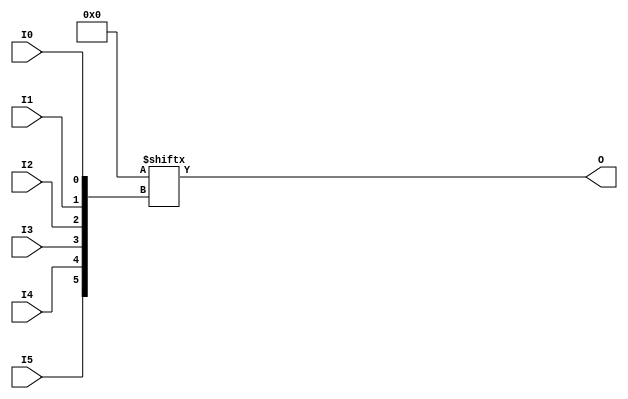
// $Header: /devl/xcs/repo/env/Databases/CAEInterfaces/verunilibs/data/rainier/LUT6.v,v 1.6 2007/06/01 00:22:57 yanx Exp $
///////////////////////////////////////////////////////////////////////////////
// Copyright (c) 1995/2004 Xilinx, Inc.
// All Right Reserved.
///////////////////////////////////////////////////////////////////////////////
//   ____  ____
//  /   /\/   /
// /___/  \  /    Vendor : Xilinx
// \   \   \/     Version : 10.1
//  \   \         Description : Xilinx Functional Simulation Library Component
//  /   /                  6-input Look-Up-Table with General Output
// /___/   /\     Filename : LUT6.v
// \   \  /  \    Timestamp : Thu Mar 25 16:42:54 PST 2004
//  \___\/\___\
//
// Revision:
//    03/23/04 - Initial version.
//    02/04/05 - Replace premitive with function; Remove buf.
//    05/30/07 - Change timescale to 1 ps / 1ps.
// End Revision

`timescale  1 ps / 1 ps


module LUT6 (O, I0, I1, I2, I3, I4, I5);

  parameter INIT = 64'h0000000000000000;

  input I0, I1, I2, I3, I4, I5;

  output O;

  reg O;
  reg tmp;

  always @( I5 or I4 or I3 or  I2 or  I1 or  I0 )  begin
 
    tmp =  I0 ^ I1  ^ I2 ^ I3 ^ I4 ^ I5;

    if ( tmp == 0 || tmp == 1)

        O = INIT[{I5, I4, I3, I2, I1, I0}];

    else 
    
      O =  lut6_mux8 ( {lut6_mux8 ( INIT[63:56], {I2, I1, I0}),
                          lut6_mux8 ( INIT[55:48], {I2, I1, I0}),
                          lut6_mux8 ( INIT[47:40], {I2, I1, I0}),
                          lut6_mux8 ( INIT[39:32], {I2, I1, I0}),
                          lut6_mux8 ( INIT[31:24], {I2, I1, I0}),
                          lut6_mux8 ( INIT[23:16], {I2, I1, I0}),
                          lut6_mux8 ( INIT[15:8], {I2, I1, I0}),
                          lut6_mux8 ( INIT[7:0], {I2, I1, I0}) }, {I5, I4, I3});
  end

  function lut6_mux8;
  input [7:0] d;
  input [2:0] s;
   
  begin

   if ((s[2]^s[1]^s[0] ==1) || (s[2]^s[1]^s[0] ==0))
           
       lut6_mux8 = d[s];

     else
       if ( ~(|d))
             lut6_mux8 = 1'b0;
       else if ((&d))
             lut6_mux8 = 1'b1;
       else if (((s[1]^s[0] ==1'b1) || (s[1]^s[0] ==1'b0)) && (d[{1'b0,s[1:0]}]==d[{1'b1,s[1:0]}]))
             lut6_mux8 = d[{1'b0,s[1:0]}];
       else if (((s[2]^s[0] ==1) || (s[2]^s[0] ==0)) && (d[{s[2],1'b0,s[0]}]==d[{s[2],1'b1,s[0]}]))
             lut6_mux8 = d[{s[2],1'b0,s[0]}];
       else if (((s[2]^s[1] ==1) || (s[2]^s[1] ==0)) && (d[{s[2],s[1],1'b0}]==d[{s[2],s[1],1'b1}]))
             lut6_mux8 = d[{s[2],s[1],1'b0}];
       else if (((s[0] ==1) || (s[0] ==0)) && (d[{1'b0,1'b0,s[0]}]==d[{1'b0,1'b1,s[0]}]) &&
          (d[{1'b0,1'b0,s[0]}]==d[{1'b1,1'b0,s[0]}]) && (d[{1'b0,1'b0,s[0]}]==d[{1'b1,1'b1,s[0]}]))
             lut6_mux8 = d[{1'b0,1'b0,s[0]}];
       else if (((s[1] ==1) || (s[1] ==0)) && (d[{1'b0,s[1],1'b0}]==d[{1'b0,s[1],1'b1}]) &&
          (d[{1'b0,s[1],1'b0}]==d[{1'b1,s[1],1'b0}]) && (d[{1'b0,s[1],1'b0}]==d[{1'b1,s[1],1'b1}]))
             lut6_mux8 = d[{1'b0,s[1],1'b0}];
       else if (((s[2] ==1) || (s[2] ==0)) && (d[{s[2],1'b0,1'b0}]==d[{s[2],1'b0,1'b1}]) &&
          (d[{s[2],1'b0,1'b0}]==d[{s[2],1'b1,1'b0}]) && (d[{s[2],1'b0,1'b0}]==d[{s[2],1'b1,1'b1}]))
             lut6_mux8 = d[{s[2],1'b0,1'b0}];
       else
             lut6_mux8 = 1'bx;
   end
  endfunction

endmodule